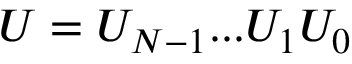
U = U _ { N - 1 } . . . U _ { 1 } U _ { 0 }